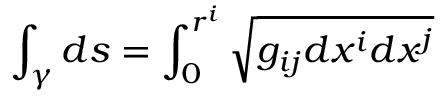
\int _ { \gamma } d s = \int _ { 0 } ^ { r ^ { i } } \sqrt { g _ { i j } d x ^ { i } d x ^ { j } }